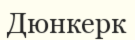
Дюнкерк